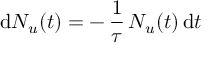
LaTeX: \mathrm { d } { N } _ { u } ( t ) = - \, \frac { 1 } { \tau } \, N _ { u } ( t ) \, \mathrm { d } t